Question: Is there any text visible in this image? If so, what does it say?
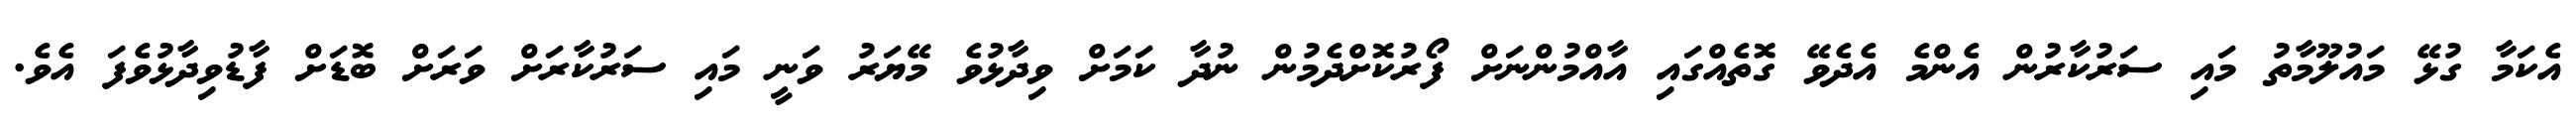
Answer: އެކަމާ ގުޅޭ މައުލޫމާތު މައި ސަރުކާރުން އެންމެ އެދެވޭ ގޮތެއްގައި އާއްމުންނަށް ފޯރުކޮށްދެމުން ނުދާ ކަމަށް ވިދާޅުވެ މޭޔަރު ވަނީ މައި ސަރުކާރަށް ވަރަށް ބޮޑަށް ފާޑުވިދާޅުވެފަ އެވެ.